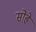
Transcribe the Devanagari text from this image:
सोहे